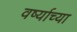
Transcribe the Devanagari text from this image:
वर्ष्याच्या